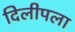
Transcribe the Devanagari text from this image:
दिलीपला